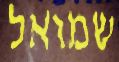
שמואל